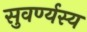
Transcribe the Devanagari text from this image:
सुवर्ण्यस्य